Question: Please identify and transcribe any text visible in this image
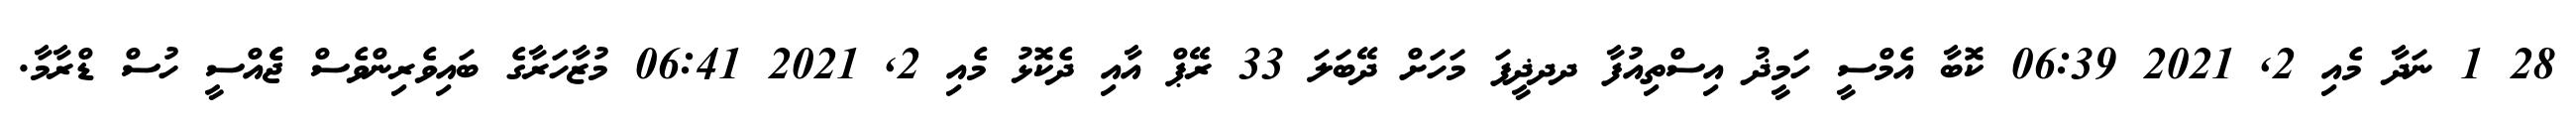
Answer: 28 1 ނަދާ މެއި 2, 2021 06:39 ކޮބާ އެމްސީ ހަމީޛު އިސްތިއުފާ ދދޛީފަ މަހަށް ދޭބަލަ 33 ރޭޕް އާއި ދެކޮޅު މެއި 2, 2021 06:41 މުޒާހަރާގެ ބައިވެރިންވެސް ޖެެއްސީ ހުސް ޑްރާމާ.